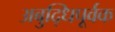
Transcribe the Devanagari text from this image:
अबुद्धिपूर्वक